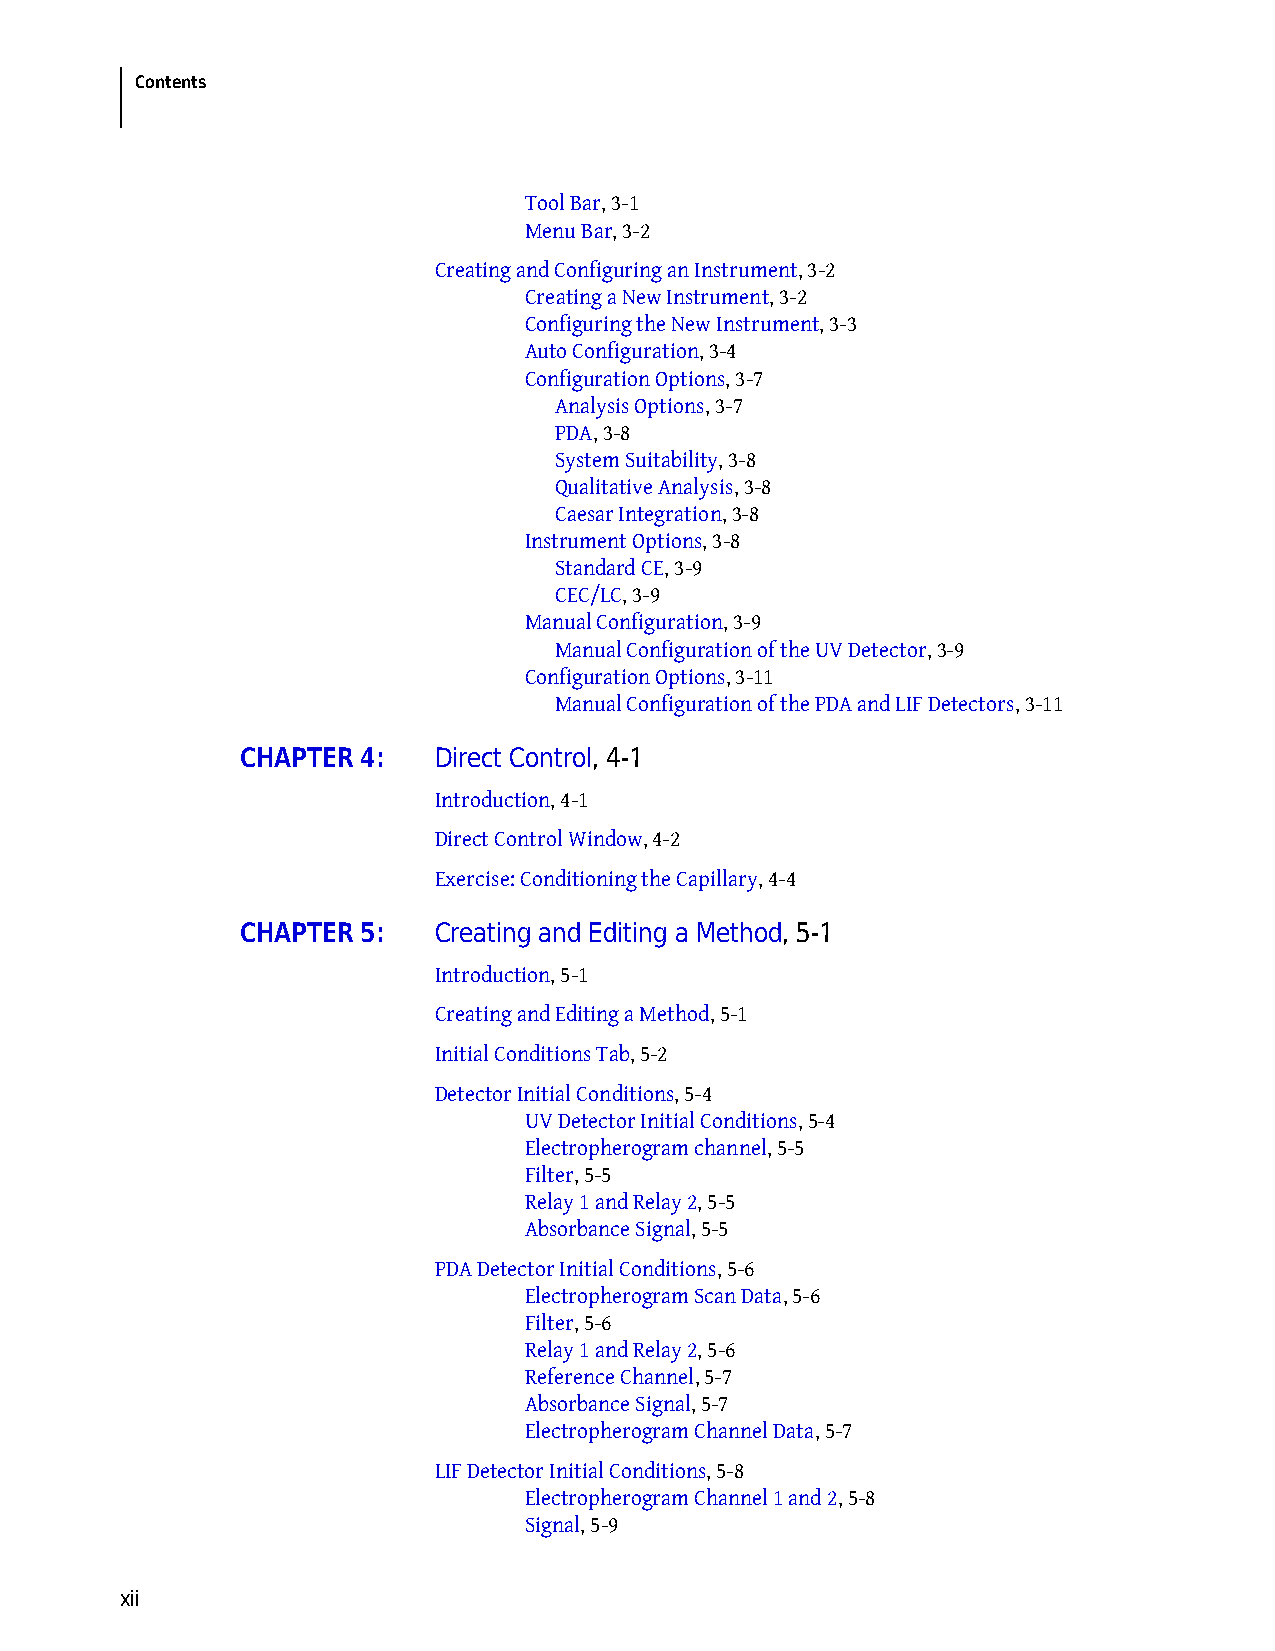
Contents
 Tool Bar, 3-1
 Menu Bar, 3-2
 Creating and Configuring an Instrument, 3-2
 Creating a New Instrument, 3-2
 Configuring the New Instrument, 3-3
 Auto Configuration, 3-4
 Configuration Options, 3-7
 Analysis Options, 3-7
 PDA, 3-8
 System Suitability, 3-8
 Qualitative Analysis, 3-8
 Caesar Integration, 3-8
 Instrument Options, 3-8
 Standard CE, 3-9
 CEC/LC, 3-9
 Manual Configuration, 3-9
 Manual Configuration of the UV Detector, 3-9
 Configuration Options, 3-11
 Manual Configuration of the PDA and LIF Detectors, 3-11
 CHAPTER 4:   Direct Control, 4-1
 Introduction, 4-1
 Direct Control Window, 4-2
 Exercise: Conditioning the Capillary, 4-4
 CHAPTER 5:   Creating and Editing a Method, 5-1
 Introduction, 5-1
 Creating and Editing a Method, 5-1
 Initial Conditions Tab, 5-2
 Detector Initial Conditions, 5-4
 UV Detector Initial Conditions, 5-4
 Electropherogram channel, 5-5
 Filter, 5-5
 Relay 1 and Relay 2, 5-5
 Absorbance Signal, 5-5
 PDA Detector Initial Conditions, 5-6
 Electropherogram Scan Data, 5-6
 Filter, 5-6
 Relay 1 and Relay 2, 5-6
 Reference Channel, 5-7
 Absorbance Signal, 5-7
 Electropherogram Channel Data, 5-7
 LIF Detector Initial Conditions, 5-8
 Electropherogram Channel 1 and 2, 5-8
 Signal, 5-9
 xii